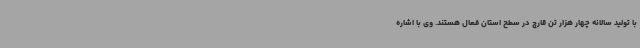
با تولید سالانه چهار هزار تن قارچ در سطح استان فعال هستند. وی با اشاره